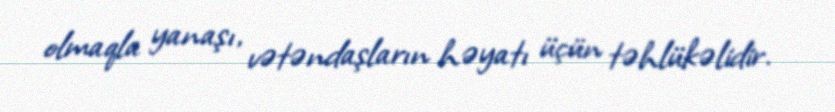
olmaqla yanaşı, vətəndaşların həyatı üçün təhlükəlidir.